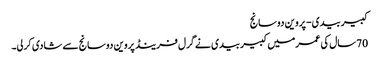
کبیربیدی- پروین دوسانج
70سال کی عمرمیں کبیربیدی نے گرل فرینڈ پروین دوسانج سے شادی کرلی۔